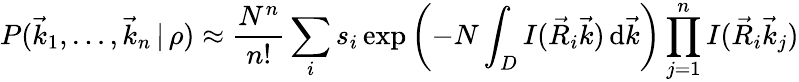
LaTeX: P(\vec{k}_{1},\dots,\vec{k}_{n}\, |\, \rho)\approx\frac{N^{n}}{n!}\sum_{i}s_{i}\exp\left(-N\int_{D}I(\vec{R}_{i}\vec{k})\, \mathrm d\vec{k}\right)\prod_{j=1}^{n}I(\vec{R}_{i}\vec{k}_{j})